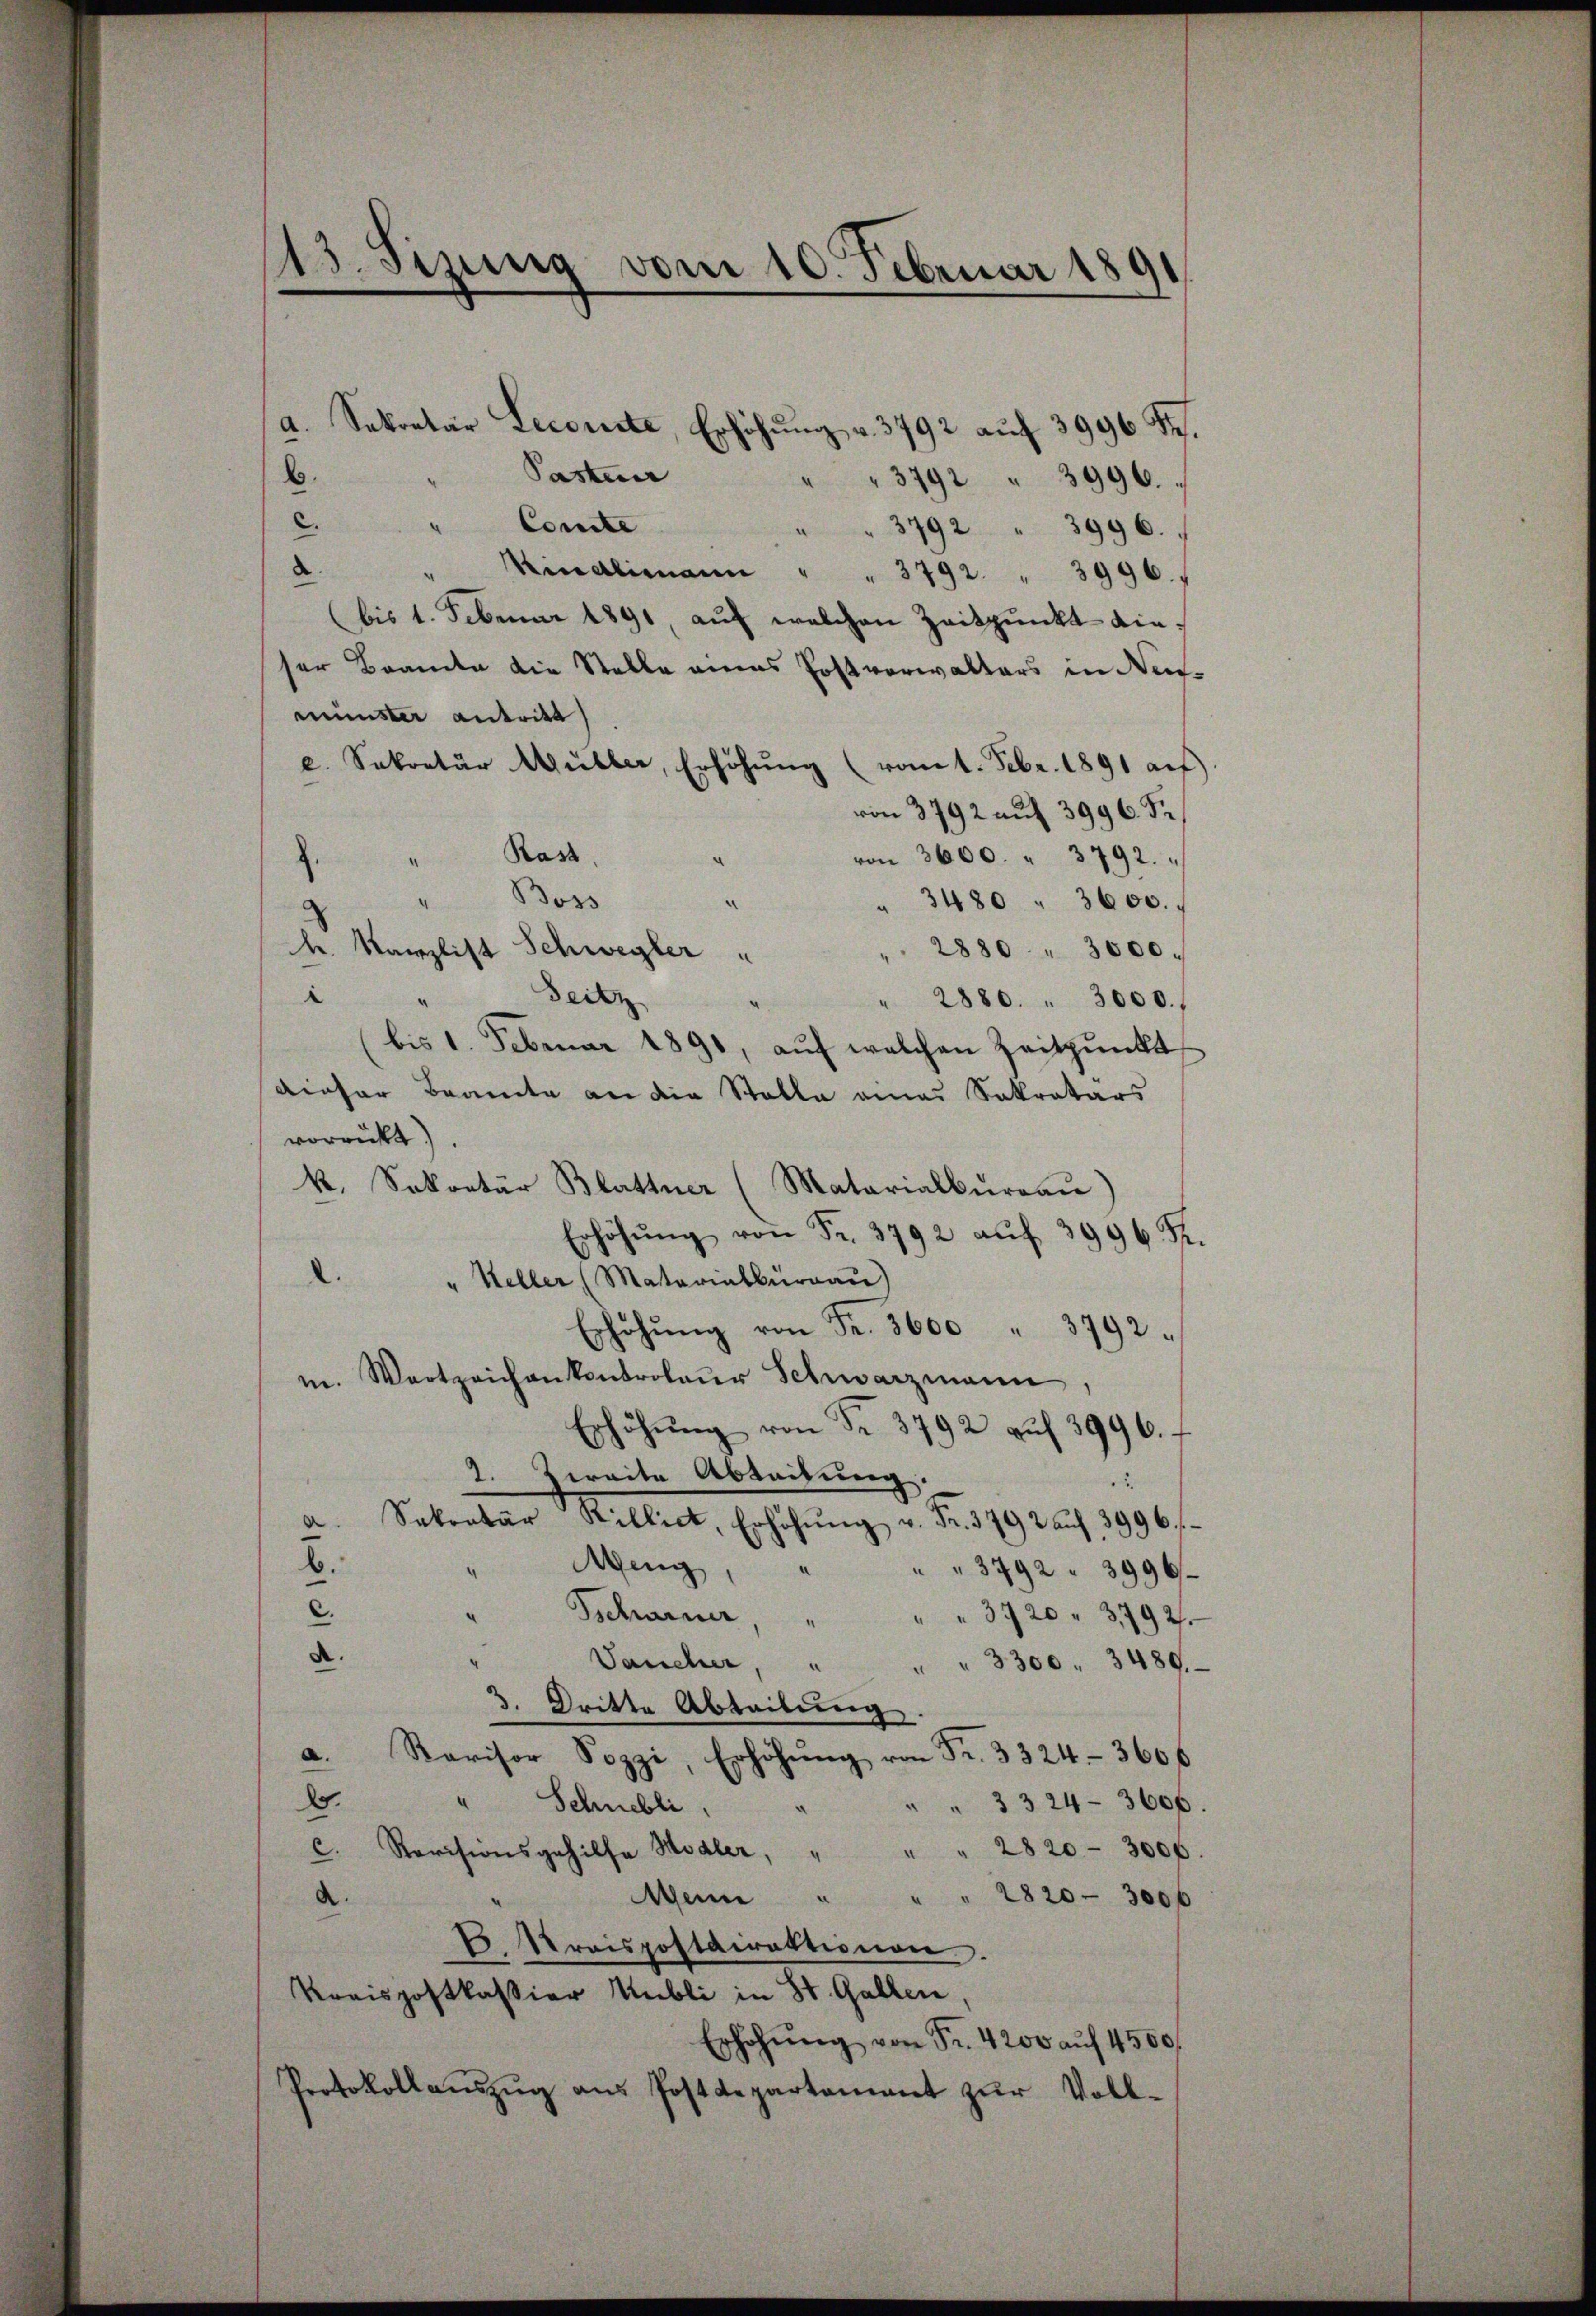
Pastun
b.
2.
Comite
d
(bis 1. Februar 1891 auf welchen Zeitpunkt dieser Brandte die Stelle eines Postverwalters in Neumünster antritt
e. Sekretär Müller, Erhöhŭng
vom 1. Febr. 1891 auf
von 3792 auf 3996. Se
" Rast.
.
von 3600. " 3792.
Boss
“
" 3480 " 3600.
h. Kanzlist Schwegler "
" 2880 " 3000.
Seite
.
“
" 2880. " 3000.
bis 1. Februar 1890, aŭf welchen Zeitpunkt
dieser Beamte an die Stelle eines Sakratars
vorrückt).
k. Sekretär Blattner (Matarialbureau
Erhöhŭng von Fr. 3792 aŭf 3996 R.
.
" Keller (Matarialburgau)
Erhöhŭng von Fr. 3600 " 3792.
m. Wartzeichenkontrolaŭr Schwarzmann,
Erhöhŭng von Fr. 3792 auf 3996.
2. Zweite Abteilung.
.
a. Sekretär Billiet, Erhöhŭng v. Fr. 3792 aŭf 3996
e
b.
Ming,
"3792. 3996.
¬
c.
Tscharner,
" " 3720 " 3,792.
A.
Jaucher, " " " 3300 " 3489.
3. Dritte Abteilung
a. Ravisor Sozzi, Erhöhŭng von Fr. 3324-3600
2.
" Schnebli
3 324—3600.
c. Revisionsgehilfe Modler, " " " 2820 - 300f
a.
Aen " " " 2820 - 3000
E. Kraispostdirektionen.
Kreispostkassier Nubli in St. Gallen,
Erhöhŭng von Fr. 4200 aŭf 4500.
Protokollaŭszŭg aŭs Postdepartement zŭr Voll-

13. Sizung vom 10. Februar 1891

a. Sekretär Leconste, Erhöhŭng v. 3792 auf 3996 R.

" " 3792 " 3996.
" " 3792 " 3996.
Kindlimann " " 3792. " 3996.